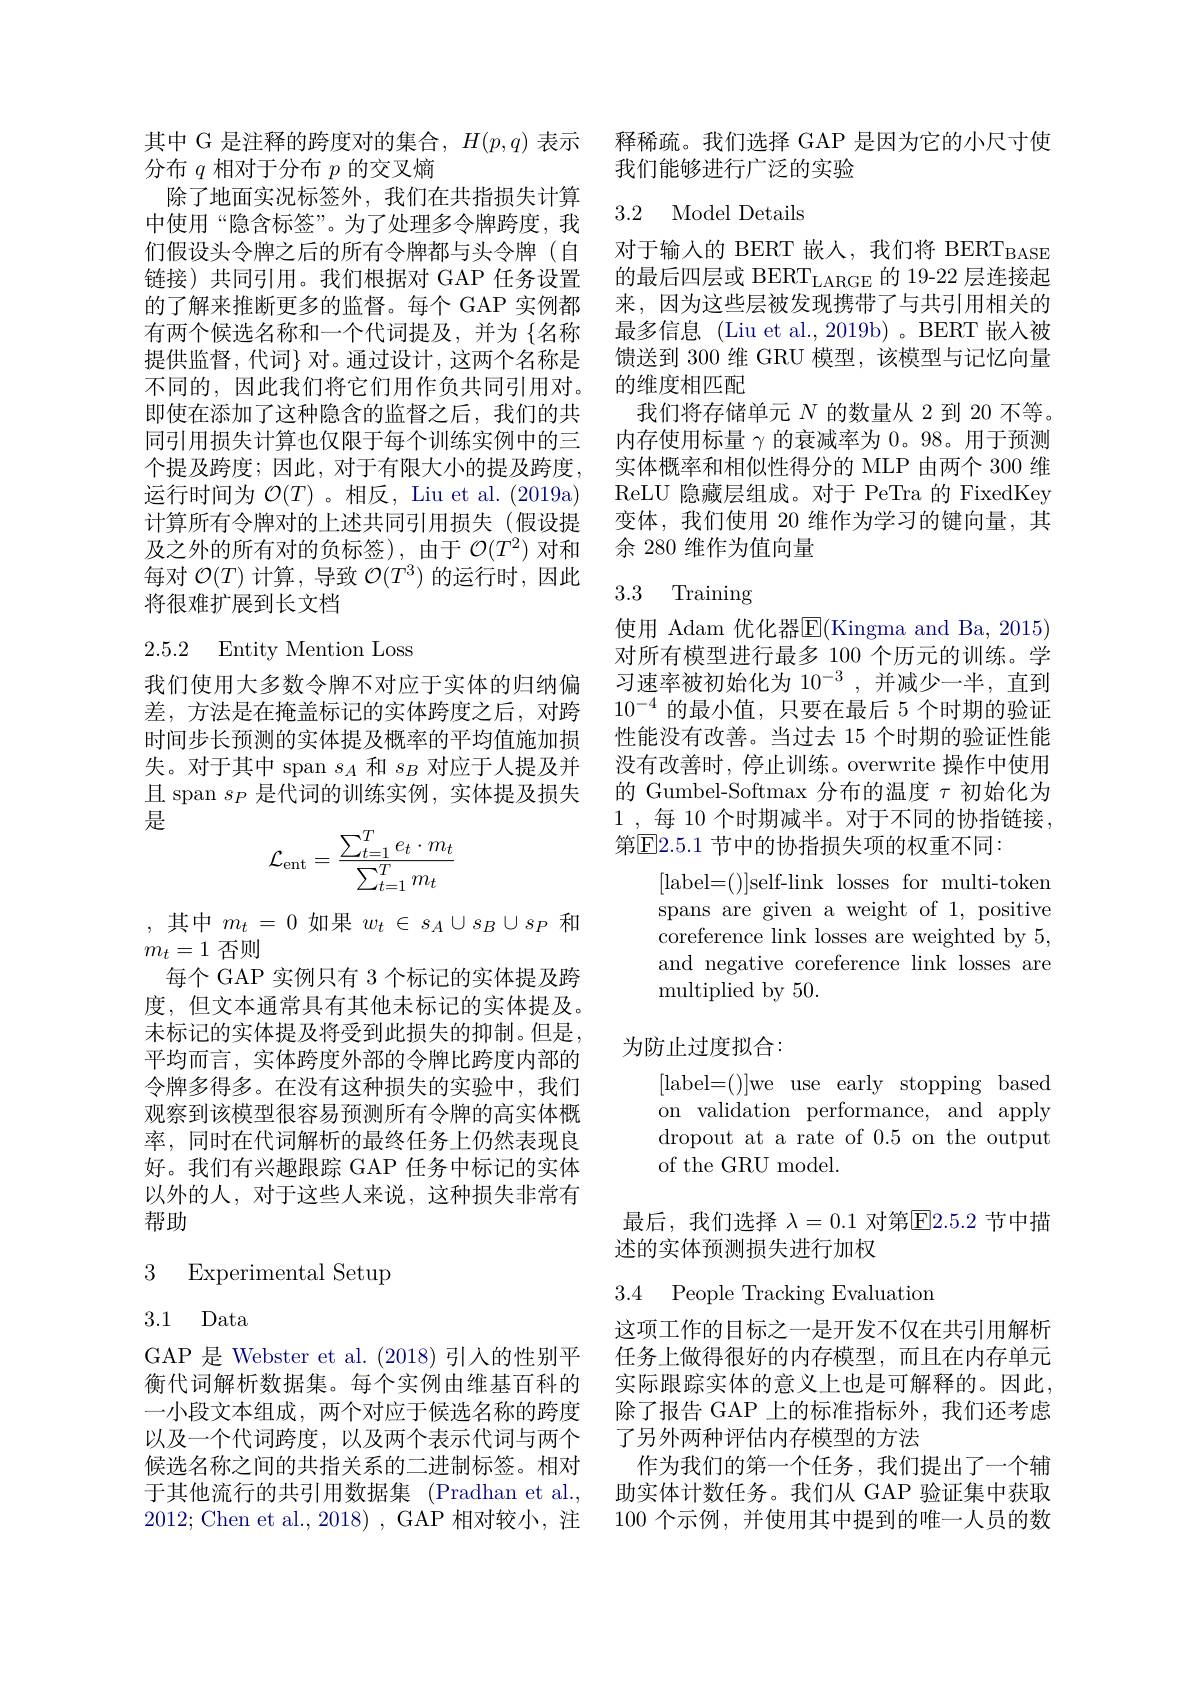
其中 G 是注释的跨度对的集合，$H(p,q)$表示
分布$q$相对于分布$p$的交叉熵
除了地面实况标签外，我们在共指损失计算中使用“隐含标签”。为了处理多令牌跨度，我们假设头令牌之后的所有令牌都与头令牌 (自链接)共同引用。我们根据对 GAP 任务设置的了解来推断更多的监督。每个 GAP 实例都有两个候选名称和一个代词提及，并为 {名称} 提供监督，代词$\}$ 对。通过设计，这两个名称是不同的，因此我们将它们用作负共同引用对。即使在添加了这种隐含的监督之后，我们的共同引用损失计算也仅限于每个训练实例中的三个提及跨度；因此，对于有限大小的提及跨度， 运行时间为$\mathcal{O}(T)$ 。相反，Liu et al. (2019a) 计算所有令牌对的上述共同引用损失(假设提及之外的所有对的负标签),由于$\mathcal{O}(T^2)$对和每对$\mathcal{O}(T)$计算，导致$\mathcal{O}(T^3)$的运行时，因此将很难扩展到长文档

# 2.5.2 Entity Mention Loss

我们使用大多数令牌不对应于实体的归纳偏差，方法是在掩盖标记的实体跨度之后，对跨时间步长预测的实体提及概率的平均值施加损 性能没有改善。当过去 15 个时期的验证性能
失。对于其中 span $s_A$和$s_B$对应于人提及并且 span $s_P$是代词的训练实例，实体提及损失是
$$\mathcal{L}_{\mathrm{ent}}=\frac{\sum_{t=1}^Te_t\cdot m_t}{\sum_{t=1}^Tm_t}$$
,其中$m_t=0$如果$w_t\in s_A\cup s_B\cup s_P$和

$m_t=1$否则
每个 GAP 实例只有 3 个标记的实体提及跨度，但文本通常具有其他未标记的实体提及。未标记的实体提及将受到此损失的抑制。但是 , 平均而言，实体跨度外部的令牌比跨度内部的令牌多得多。在没有这种损失的实验中，我们观察到该模型很容易预测所有令牌的高实体概率，同时在代词解析的最终任务上仍然表现良好。我们有兴趣跟踪 GAP 任务中标记的实体以外的人，对于这些人来说，这种损失非常有帮助

## 3 Experimental Setup

3.1 Data

GAP 是 Webster et al. (2018)引人的性别平

释稀疏。我们选择 GAP 是因为它的小尺寸使
我们能够进行广泛的实验

## 3.2 Model Details

对于输入的 BERT 嵌人，我们将 BERT$_\mathrm{BASE}$ 的最后四层或 BERT$_\mathrm{LARGE}$的 19-22 层连接起来，因为这些层被发现携带了与共引用相关的最多信息 (Liu et al.,2019b)。BERT 嵌入被馈送到 300 维 GRU 模型，该模型与记忆向量的维度相匹配
我们将存储单元$N$的数量从 2 到 20 不等。内存使用标量$\gamma$的衰减率为 0。98。用于预测实体概率和相似性得分的 MLP 由两个 300 维ReLU 隐藏层组成。对于 PeTra 的 FixedKey 变体，我们使用 20 维作为学习的键向量，其余 280 维作为值向量

# 3.3 Training

使用 Adam 优化器$\overline{\mathrm{E}}($Kingma and Ba,2015) 对所有模型进行最多 100 个历元的训练。学习速率被初始化为$10^{-3}$,并减少一半，直到$10^{-4}$的最小值，只要在最后 5 个时期的验证没有改善时，停止训练。overwrite 操作中使用的 Gumbel-Softmax 分布的温度$\tau$初始化为1 , $每$ 10 $个 时 期 减 半 。对 于 不 同 的 协 指 链 接 $, 第$\boxed{\mathrm{F}}2.5.1$ 节中的协指损失项的权重不同：
[label=()]self-link losses for multi-token spans are given a weight of 1, positive coreference link losses are weighted by 5, and negative coreference link losses are ${\mathrm{multiplied~by~50.}}$

## 为防止过度拟合：

[label=()]we use early stopping based on validation performance, and apply dropout at a rate of 0.5 on the output of the GRU model.

最后，我们选择$\lambda=0.1$对第$\overline{\mathrm{E}}2.5.2$节中描
述的实体预测损失进行加权

3.4 People Tracking Evaluation

这项工作的目标之一是开发不仅在共引用解析任务上做得很好的内存模型，而且在内存单元
衡代词解析数据集。每个实例由维基百科的 实际跟踪实体的意义上也是可解释的。因此， 一小段文本组成，两个对应于候选名称的跨度 除了报告 GAP 上的标准指标外，我们还考虑以及一个代词跨度，以及两个表示代词与两个 了另外两种评估内存模型的方法
候选名称之间的共指关系的二进制标签。相对 作为我们的第一个任务，我们提出了一个辅于其他流行的共引用数据集 (Pradhan et al., 助实体计数任务。我们从 GAP 验证集中获取2012; Chen et al., 2018) , GAP 相对较小，注 100 个示例，并使用其中提到的唯一人员的数